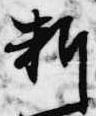
料